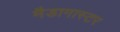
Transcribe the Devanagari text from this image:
मैडागास्टर